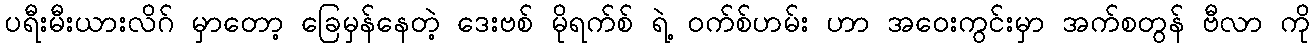
ပရီးမီးယားလိဂ် မှာတော့ ခြေမှန်နေတဲ့ ဒေးဗစ် မိုရက်စ် ရဲ့ ဝက်စ်ဟမ်း ဟာ အဝေးကွင်းမှာ အက်စတွန် ဗီလာ ကို